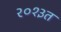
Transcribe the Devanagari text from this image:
२०१३त